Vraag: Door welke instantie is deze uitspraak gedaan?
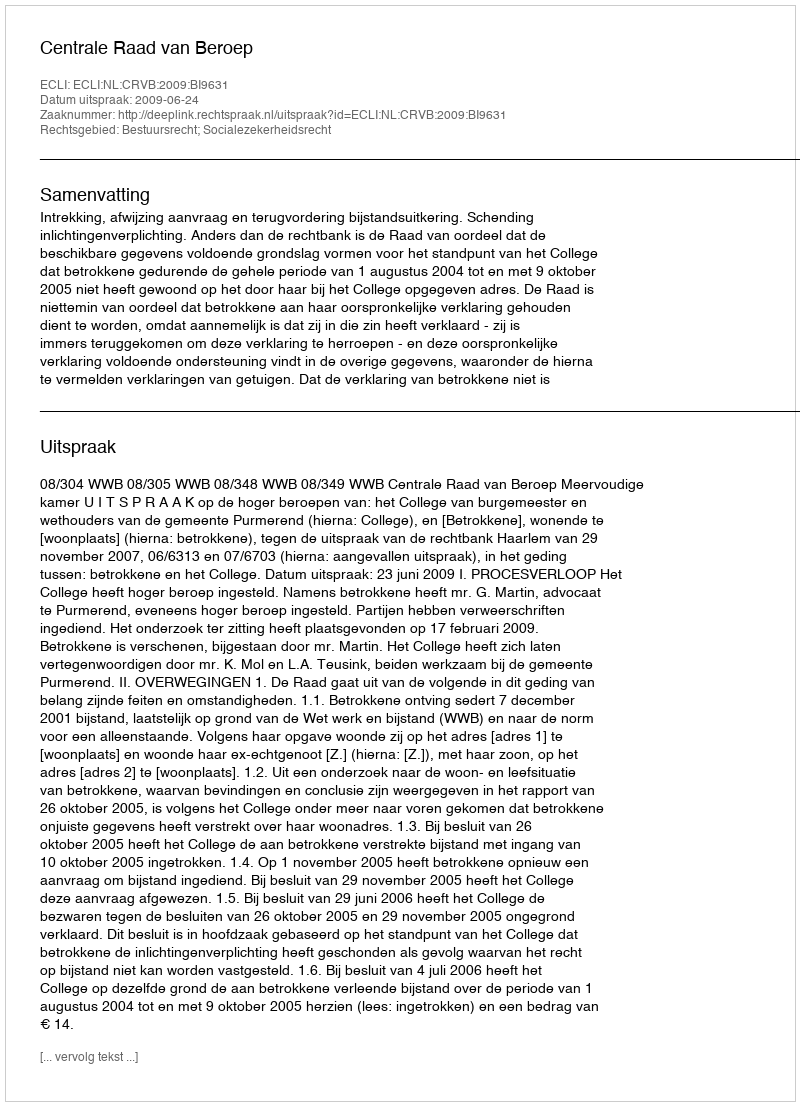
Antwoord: Centrale Raad van Beroep